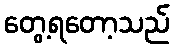
တွေ့ရတော့သည်